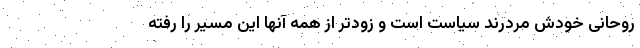
روحانی خودش مردِرند سیاست است و زودتر از همه آنها این مسیر را رفته